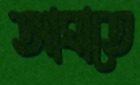
আঘাতে